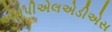
એમપીએલએડીએસ